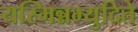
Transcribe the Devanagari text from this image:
यस्मिन्नभ्युदिते